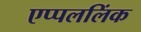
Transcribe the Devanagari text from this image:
एप्पललिंक